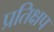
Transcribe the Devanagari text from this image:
प्रतिक्षप